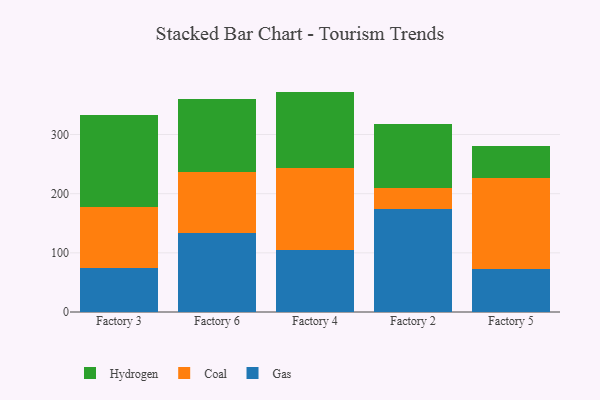
{"axis": {"x": "Factory", "y": "Demand Index"}, "legend": ["Coal", "Gas", "Hydrogen"], "data": [{"x": "Factory 3", "y": 75.2, "type": "Gas"}, {"x": "Factory 3", "y": 102.1, "type": "Coal"}, {"x": "Factory 3", "y": 155.2, "type": "Hydrogen"}, {"x": "Factory 6", "y": 132.9, "type": "Gas"}, {"x": "Factory 6", "y": 103.1, "type": "Coal"}, {"x": "Factory 6", "y": 123.3, "type": "Hydrogen"}, {"x": "Factory 4", "y": 104.0, "type": "Gas"}, {"x": "Factory 4", "y": 139.9, "type": "Coal"}, {"x": "Factory 4", "y": 128.6, "type": "Hydrogen"}, {"x": "Factory 2", "y": 174.3, "type": "Gas"}, {"x": "Factory 2", "y": 34.6, "type": "Coal"}, {"x": "Factory 2", "y": 108.2, "type": "Hydrogen"}, {"x": "Factory 5", "y": 73.4, "type": "Gas"}, {"x": "Factory 5", "y": 152.8, "type": "Coal"}, {"x": "Factory 5", "y": 54.1, "type": "Hydrogen"}]}